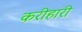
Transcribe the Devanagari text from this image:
करीहारी